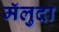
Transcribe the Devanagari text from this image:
मॅलुदा